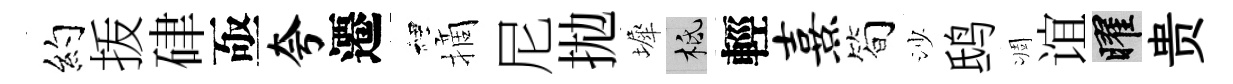
约㧞硉亟夸遷裡摘尼拋墀柢輕熹简沙鸱凋谊曜贵